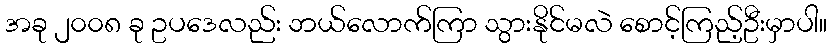
အခု ၂၀၀၈ ခု ဥပဒေလည်း ဘယ်လောက်ကြာ သွားနိုင်မလဲ စောင့်ကြည့်ဦးမှာပါ။